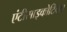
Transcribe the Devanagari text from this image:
एंटीसाइकोटिक्स